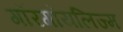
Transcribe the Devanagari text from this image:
गॉरगॉयलिज्म